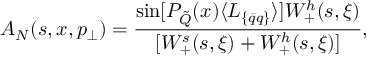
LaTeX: A _ { N } ( s , x , p _ { \perp } ) = \frac { \sin [ { \cal { P } } _ { \tilde { Q } } ( x ) \langle L _ { \{ \bar { q } q \} } \rangle ] { W _ { + } ^ { h } ( s , \xi ) } } { { [ W _ { + } ^ { s } ( s , \xi ) + W _ { + } ^ { h } ( s , \xi ) ] } } ,